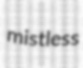
mistless